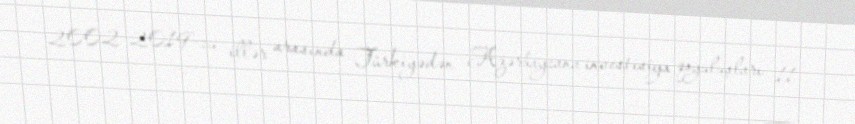
2002-2019-cu illər arasında Türkiyədən Azərbaycana investisiya qoyuluşları 11